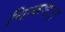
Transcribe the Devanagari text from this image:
चित्कणः।।